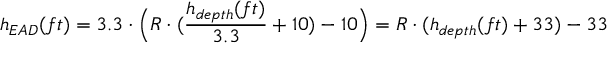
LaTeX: h _ { E A D } ( f t ) = 3 . 3 \cdot { \Bigl ( } R \cdot ( { \frac { h _ { d e p t h } ( f t ) } { 3 . 3 } } + 1 0 ) - 1 0 { \Bigr ) } = R \cdot ( h _ { d e p t h } ( f t ) + 3 3 ) - 3 3